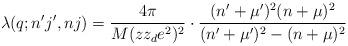
LaTeX: \begin{align*}\lambda(q;n^{\prime}j^{\prime},nj) = \frac{4\pi}{M(zz_de^2)^2} \cdot \frac{(n^{\prime}+\mu^{\prime})^2 (n+\mu)^2}{(n^{\prime}+\mu^{\prime})^2 - (n+\mu)^2}\end{align*}